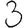
Digit: 3